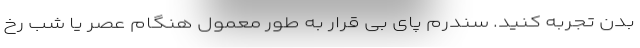
بدن تجربه کنید. سندرم پای بی قرار به طور معمول هنگام عصر یا شب رخ